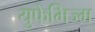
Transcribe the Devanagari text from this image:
युफेमिज्म